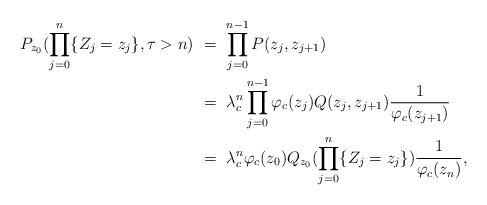
LaTeX: \begin{align*}P_{z_0}( \prod_{j=0}^{n} \{ Z_j = z_j\} , \tau> n) & \ = \ \prod_{j=0}^{n-1} P(z_j,z_{j+1})\\&\ = \ \lambda_c^n \prod_{j=0}^{n-1} \varphi_c(z_j)Q(z_j,z_{j+1}) \frac{1}{\varphi_c(z_{j+1})} \\& \ = \ \lambda_c^n \varphi_c (z_0) Q _{z_0}( \prod_{j=0}^{n} \{ Z_j =z_j\} ) \frac{1}{\varphi_c (z_{n})},\end{align*}